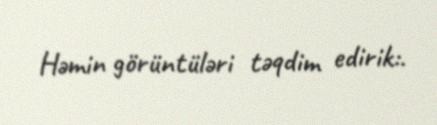
Həmin görüntüləri təqdim edirik:.